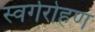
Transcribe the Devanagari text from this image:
स्वर्गरोहण